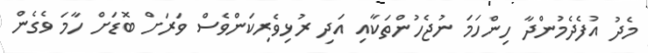
މެދު އުފެދެމުންދާ ހިންހަމަ ނުޖެހުންތަކާއި އަދި ރުޅިވެރިކަންވެސް ވަރަށް ބޮޑަށް ހާމަ ވެގެން